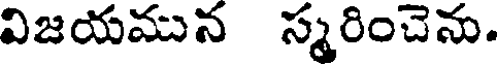
విజయమున స్మరించెను.